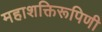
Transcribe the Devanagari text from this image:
महाशक्तिरूपिणी